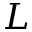
L